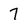
Character: 7